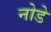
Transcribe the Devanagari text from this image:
नोडे